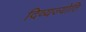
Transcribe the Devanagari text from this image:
दिव्यज्योति